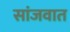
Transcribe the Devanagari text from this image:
सांजवात